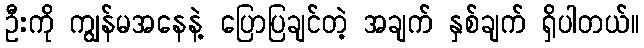
ဦးကို ကျွန်မအနေနဲ့ ပြောပြချင်တဲ့ အချက် နှစ်ချက် ရှိပါတယ်။